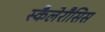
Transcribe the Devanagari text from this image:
स्कैलेरौसिस